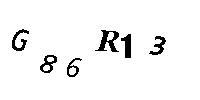
G86R13